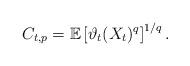
LaTeX: \begin{align*} C_{t, p} = \mathbb{E}\left[ \vartheta_t(X_t)^q \right]^{1/q}.\end{align*}